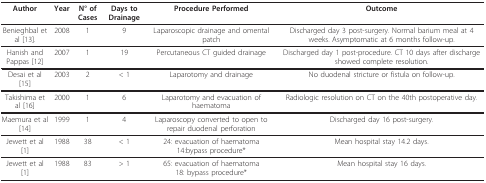
| Author | Year | N° of Cases | Days to Drainage | Procedure Performed | Outcome |
 | --- | --- | --- | --- | --- | --- |
 | Benieghbal et al [13]. | 2008 | 1 | 9 | Laparoscopic drainage and omental patch | Discharged day 3 post-surgery. Normal barium meal at 4 weeks. Asymptomatic at 6 months follow-up. |
 | Hanish and Pappas [12] | 2007 | 1 | 19 | Percutaneous CT guided drainage | Discharged day 1 post-procedure. CT 10 days after discharge showed complete resolution. |
 | Desai et al [15] | 2003 | 2 | < 1 | Laparotomy and drainage | No duodenal stricture or fistula on follow-up. |
 | Takishima et al [16] | 2000 | 1 | 6 | Laparotomy and evacuation of haematoma | Radiologic resolution on CT on the 40th postoperative day. |
 | Maemura et al [14] | 1999 | 1 | 4 | Laparoscopy converted to open to repair duodenal perforation | Discharged day 16 post-surgery. |
 | Jewett et al [1] | 1988 | 38 | < 1 | 24: evacuation of haematoma14:bypass procedure* | Mean hospital stay 14.2 days. |
 | Jewett et al [1] | 1988 | 83 | > 1 | 65: evacuation of haematoma18: bypass procedure* | Mean hospital stay 16 days. |